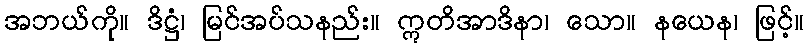
အဘယ်ကို။ ဒိဋ္ဌံ၊ မြင်အပ်သနည်း။ ဣတိအာဒိနာ၊ သော။ နယေန၊ ဖြင့်။